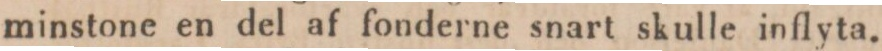
minstone en del af fonderne snart skulle inflyta.